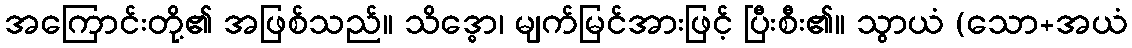
အကြောင်းတို့၏ အဖြစ်သည်။ သိဒ္ဓော၊ မျက်မြင်အားဖြင့် ပြီးစီး၏။ သွာယံ (သော+အယံ